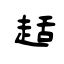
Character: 趏